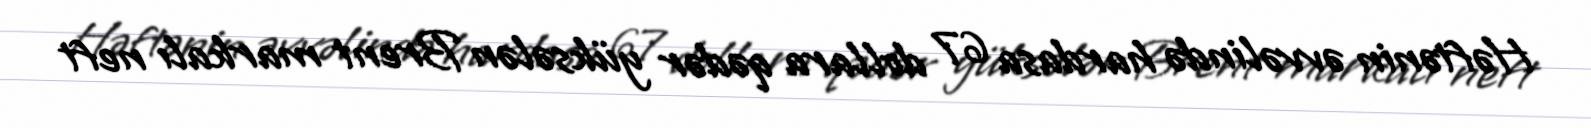
Həftənin əvvəlində hardasa 67 dollara qədər yüksələn Brent markalı neft